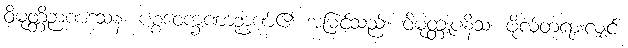
ဝိမုတ္တိဉာဏဒသနံ၊ ပစ္စဝေက္ခဏာဉာဏ်၏ အမြင်သည်။ ဝိမုတ္တူပနိသံ၊ ဖိုလ်တရားလျှင်